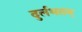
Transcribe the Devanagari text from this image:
दुर्लभतम्